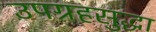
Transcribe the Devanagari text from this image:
उपग्रहसुद्धा